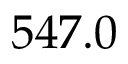
5 4 7 . 0